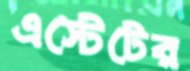
এস্টেটের